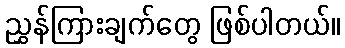
ညွှန်ကြားချက်တွေ ဖြစ်ပါတယ်။